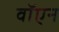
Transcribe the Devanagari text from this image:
वॉएन